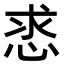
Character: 𢚡